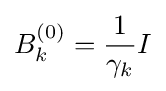
B_{k}^{(0)}={\frac {1}{\gamma _{k}}}I